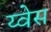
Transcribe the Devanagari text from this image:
य्वेस